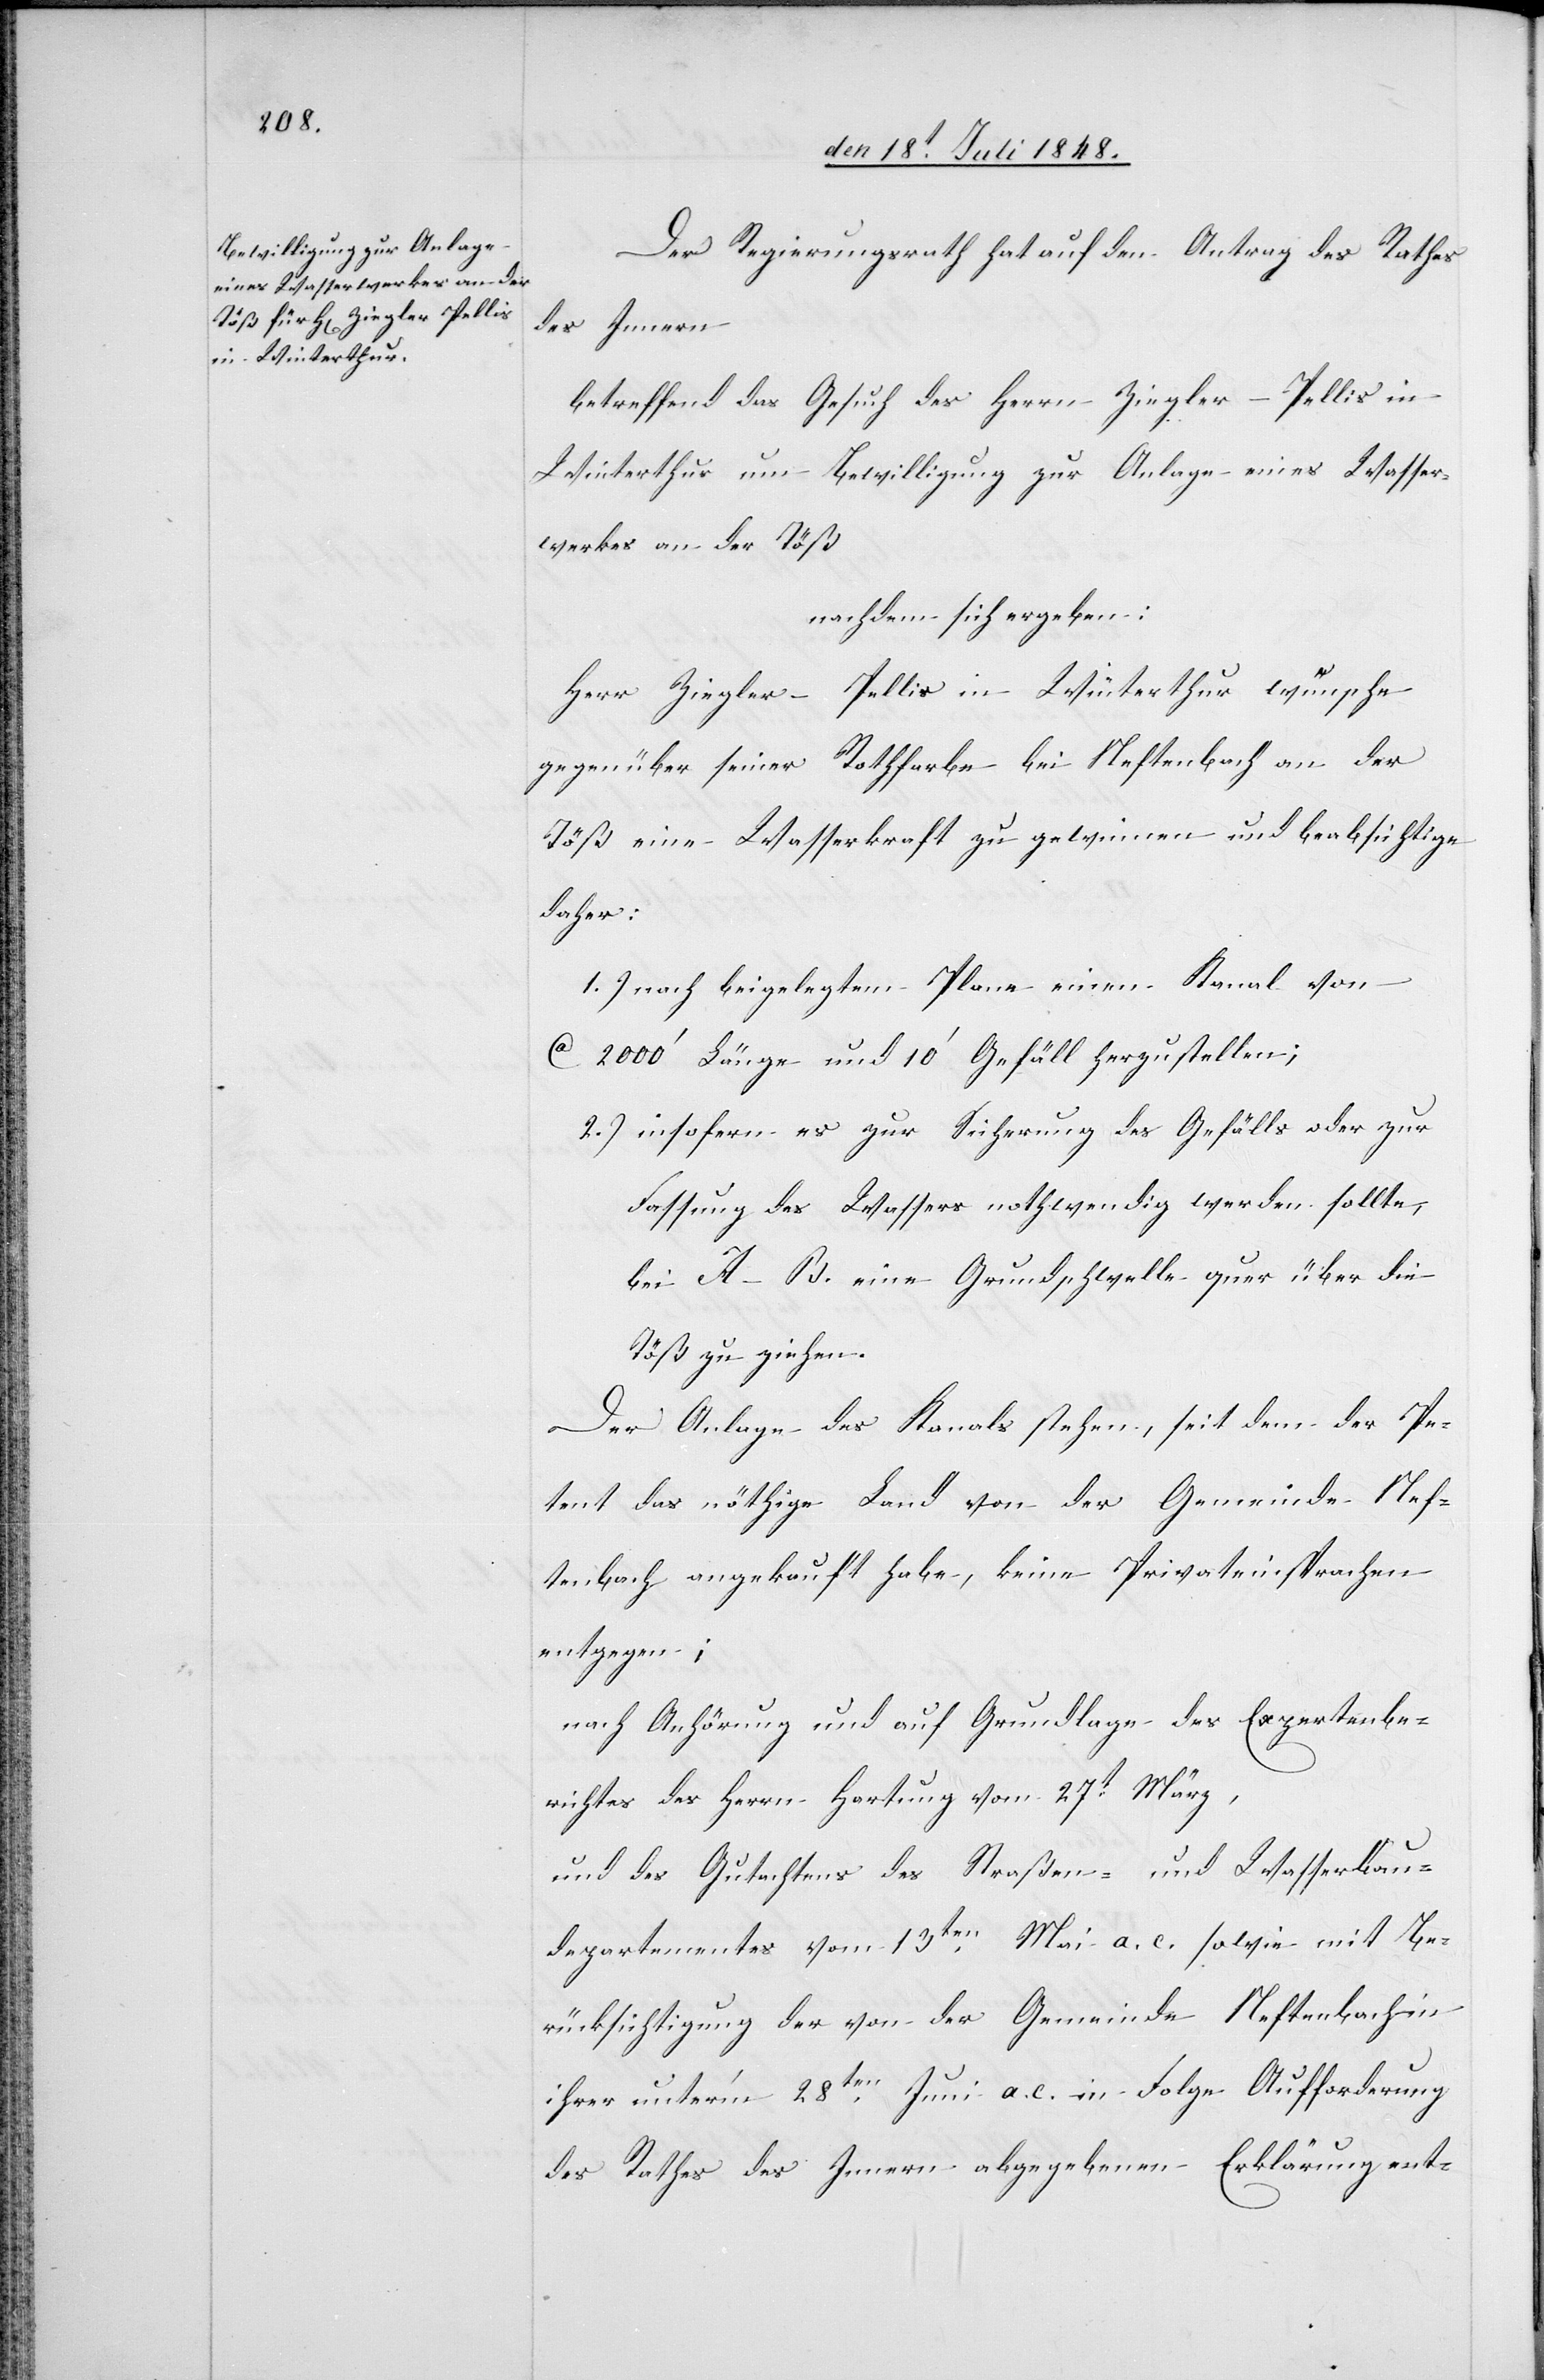
Der Regierungsrath hat auf den Antrag des Rathes
des Innern
betreffend das Gesuch des Herrn Ziegler-Pellis in
Winterthur um Bewilligung zur Anlage eines Wasser¬
werkes an der Töß
nachdem sich ergeben:
Herr Ziegler-Pellis in Winterthur wünsche
gegenüber seiner Rothferbe bei Neftenbach an der
Töß eine Wasserkraft zu gewinnen und beabsichtige
daher:
1.) nach beigelegtem Plane einen Kanal von
ca. 2000’ Länge und 10’ Gefäll herzustellen;
2.) insofern es zur Sicherung des Gefälls oder zur
Fassung des Wassers nothwendig werden sollte,
bei A–B. eine Grundschwelle quer über die
Töß zu ziehen.
Der Anlage des Kanals stehen, seit dem der Pe¬
tent das nöthige Land von der Gemeinde Nef¬
tenbach angekauft habe, keine Privateinsprachen
entgegen;
nach Anhörung und auf Grundlage des Expertenbe¬
richtes des Herrn Hartung vom 27t März,
und des Gutachtens des Straßen- und Wasserbau¬
departementes vom 13ten Mai a. c. sowie mit Be¬
rücksichtigung der von der Gemeinde Neftenbach in
ihrer unter’m 28ten Juni a. c. in Folge Aufforderung
des Rathes des Innern abgegebenen Erklärung ent-